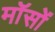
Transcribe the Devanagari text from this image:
मॉसों